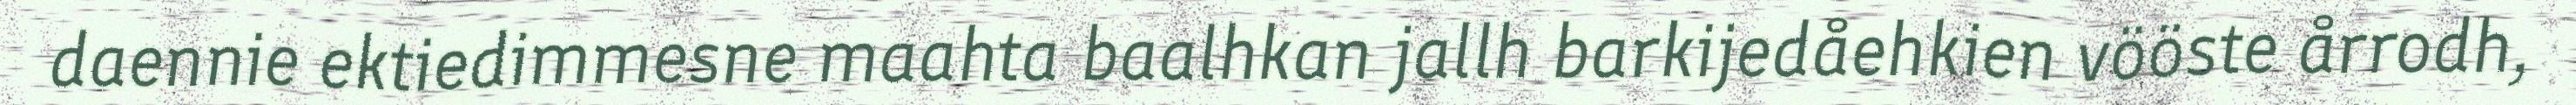
daennie ektiedimmesne maahta baalhkan jallh barkijedåehkien vööste årrodh,